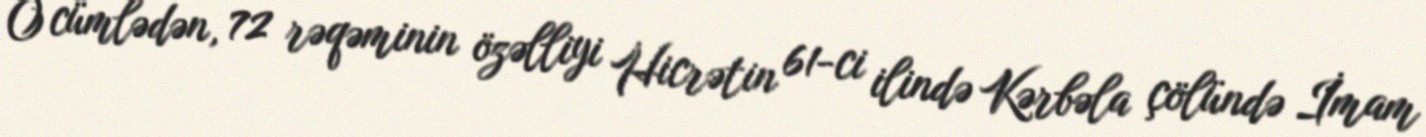
O cümlədən, 72 rəqəminin özəlliyi Hicrətin 61-ci ilində Kərbəla çölündə İmam